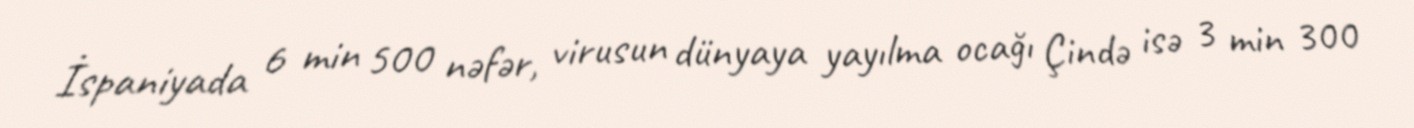
İspaniyada 6 min 500 nəfər, virusun dünyaya yayılma ocağı Çində isə 3 min 300